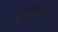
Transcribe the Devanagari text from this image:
कात्लेकोआत्लची